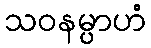
သဝနမ္ပာဟံ